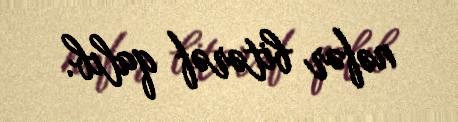
nəfər bitərəf qalıb.